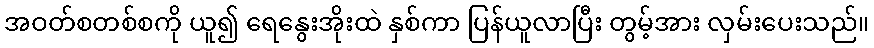
အဝတ်စတစ်စကို ယူ၍ ရေနွေးအိုးထဲ နှစ်ကာ ပြန်ယူလာပြီး တွမ့်အား လှမ်းပေးသည်။